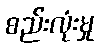
စည်းလုံးမှု